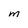
Character: m